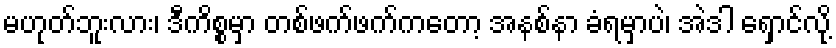
မဟုတ်ဘူးလား၊ ဒီကိစ္စမှာ တစ်ဖက်ဖက်ကတော့ အနစ်နာ ခံရမှာပဲ၊ အဲဒါ ရှောင်လို့